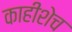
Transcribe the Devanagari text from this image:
काहीशेच